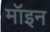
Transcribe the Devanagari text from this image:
मॉइन